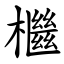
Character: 檵